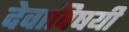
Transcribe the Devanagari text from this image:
देवाविषयी